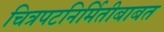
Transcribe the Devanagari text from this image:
चित्रपटनिर्मितीबाबत